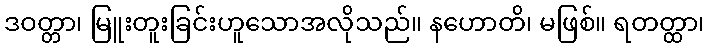
ဒဝတ္တာ၊ မြူးတူးခြင်းဟူသောအလိုသည်။ နဟောတိ၊ မဖြစ်။ ရတတ္ထာ၊